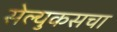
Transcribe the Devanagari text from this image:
सेल्युकसचा